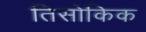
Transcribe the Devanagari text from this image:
तिसोकिक